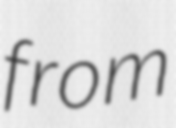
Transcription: from